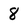
Character: 8